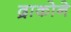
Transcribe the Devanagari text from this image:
द्राकोने